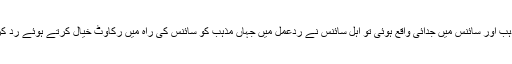
لیکن حادثہ یہ ہوا کہ مغرب میں نشاۃِ ثانیہ کے دور میں جب مذہب اور سائنس میں جدائی واقع ہوئی تو اہل سائنس نے ردعمل میں جہاں مذہب کو سائنس کی راہ میں رکاوٹ خیال کرتے ہوئے رَد کر دیا، وہاں مذہبی اخلاقی اقدار سے بھی کنارہ کشی اختیار کرلی۔